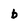
Character: b